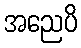
အညေပိ